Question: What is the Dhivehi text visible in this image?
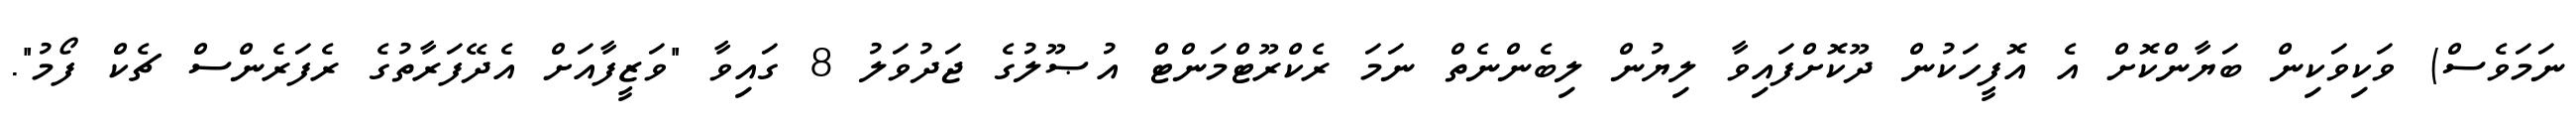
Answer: ނަމަވެސް) ވަކިވަކިން ބަޔާންކޮށް އެ އޮފީހަކުން ދޫކޮށްފައިވާ ލިޔުން ލިބެންނެތް ނަމަ ރެކްރޫޓްމަންޓް އުޞޫލުގެ ޖަދުވަލު 8 ގައިވާ "ވަޒީފާއަށް އެދޭފަރާތުގެ ރެފަރެންސް ޗެކް ފޯމު".